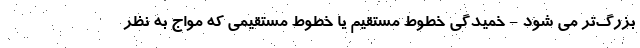
بزرگ‌تر می شود - خمیدگی خطوط مستقیم یا خطوط مستقیمی که مواج به نظر